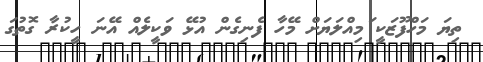
ތިޔަ މަހްފޫޒަކީ ަމިއްލަޔަށް މޭހާ ފެނިގެން އުޅޭ ވަކީލެއް އޭނަ ހީކުރާ ގޮތުގަ